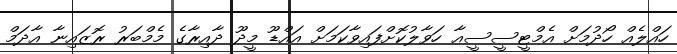
ހައްލެއް ހޯދުމަށް އެމްޓީސީސީއާ ހަވާލުކޮށްފައިވާކަމަށް އައްޑޫ މީދޫ ދާއިރާގެ މެމްބަރު ރޮޒައިނާ އާދަމް